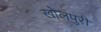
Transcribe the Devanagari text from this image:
खोलपुरी